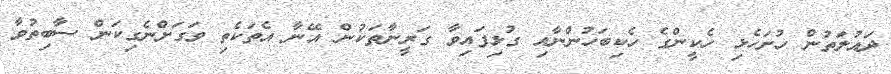
ދައުލަތުން ހުށަހެޅި ހެކީންގެ ހެކިބަހުންނާއި ގުޅިފައިވާ ގަރީނާތަކުން އޭނާ އެތަކެތި ވަގަށްނެގިކަން ސާބިތުވާ